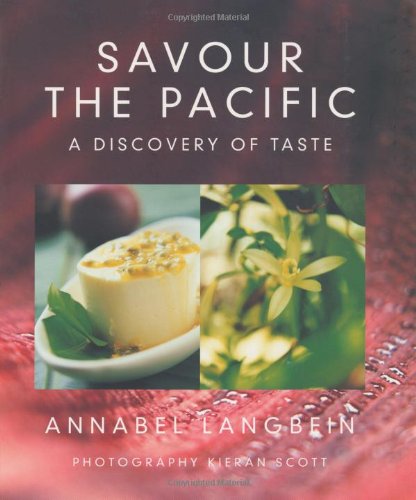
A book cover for Savour the Pacific: A Discovery of Taste; Annabel Langbein; Cookbooks, Food & Wine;